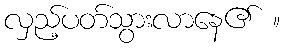
လှည့်ပတ်သွားလာနေ၏ ။